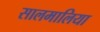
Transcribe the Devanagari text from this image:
सालमालिया